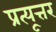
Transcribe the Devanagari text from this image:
प्रत्यूत्तर